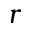
r